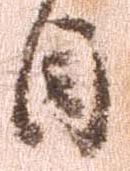
目